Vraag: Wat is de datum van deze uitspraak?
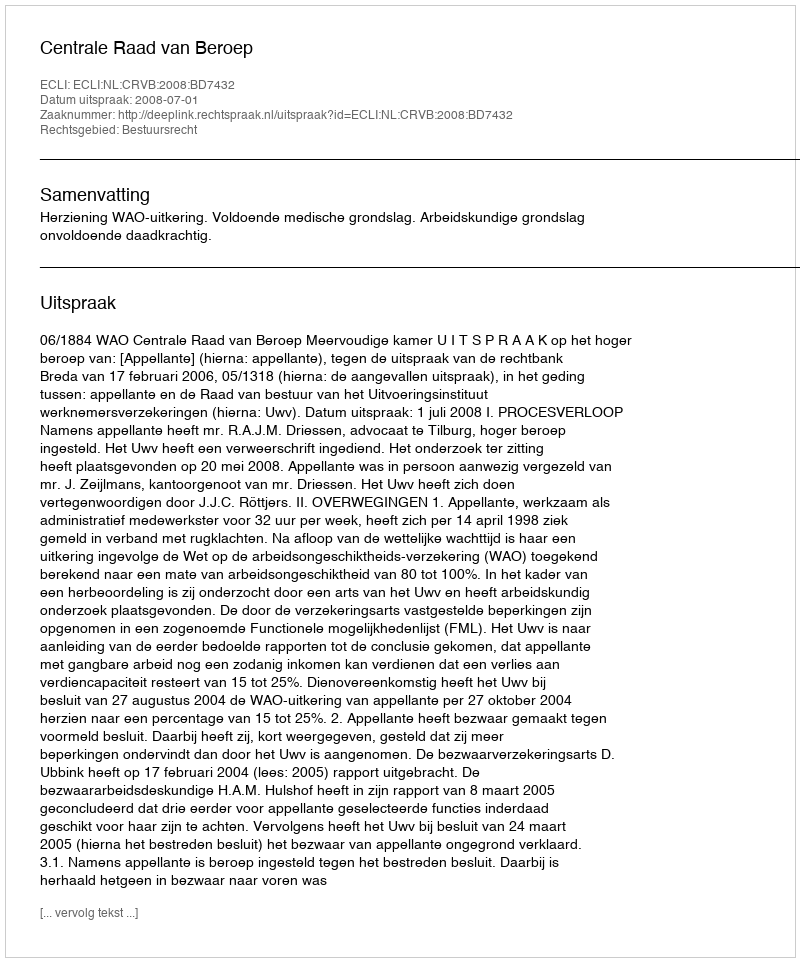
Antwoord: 2008-07-01